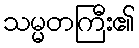
သမ္မတကြီး၏